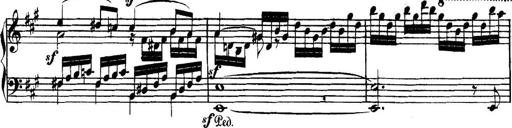
Title: Collected Piano Sonatas
Composer: Muzio Clementi